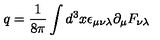
q = \frac { 1 } { 8 \pi } \int d ^ { 3 } x \epsilon _ { \mu \nu \lambda } \partial _ { \mu } F _ { \nu \lambda }